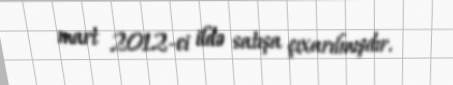
mart 2012-ci ildə satışa çıxarılmışdır.